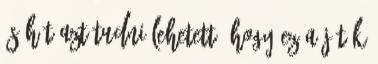
És hát azt tudni lehetett, hogy ez a játék